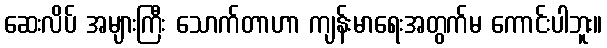
ဆေးလိပ် အများကြီး သောက်တာဟာ ကျန်းမာရေးအတွက်မ ကောင်းပါဘူး။